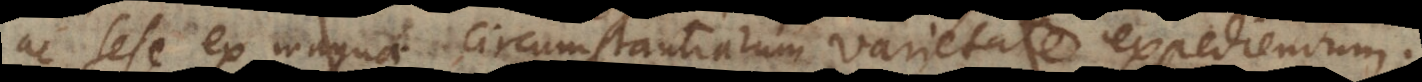
ac sese ex magna circumstantiarum varietate expediendum.